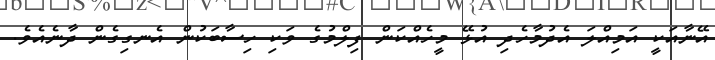
އޭނާއަކީ އަމިއްލަ އެދުމާހެދި އުޅޭ މީހެއްކަން ފިލްމުގެ ވަކި ހިސާބަކުން އެނގިގެން ދާނެއެވެ.